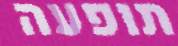
תופעה